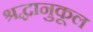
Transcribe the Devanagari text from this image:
श्रद्धानुकूल